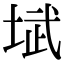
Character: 𪣥